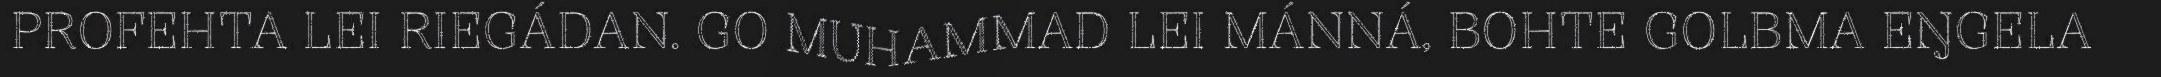
PROFEHTA LEI RIEGÁDAN. GO MUHAMMAD LEI MÁNNÁ, BOHTE GOLBMA EŊGELA